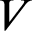
V